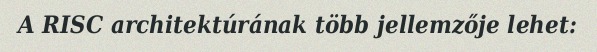
A RISC architektúrának több jellemzője lehet: